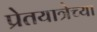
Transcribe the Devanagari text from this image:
प्रेतयात्रेच्या